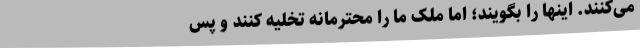
می‌کنند. اینها را بگویند؛ اما ملک ما را محترمانه تخلیه کنند و پس